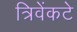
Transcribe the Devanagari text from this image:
त्रिवेंकटे